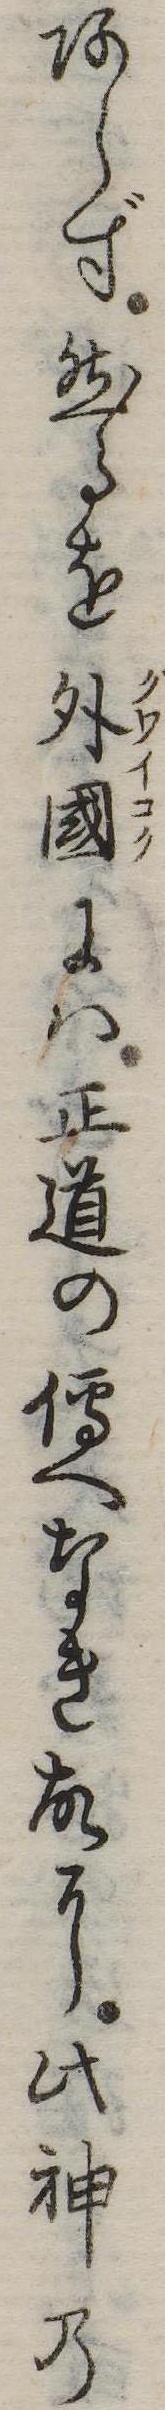
あらず然るを外国には正道の伝へなき故に此神の